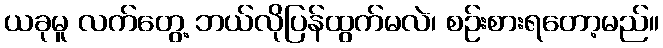
ယခုမူ လက်တွေ့ ဘယ်လိုပြန်ထွက်မလဲ၊ စဉ်းစားရတော့မည်။